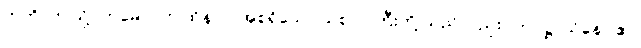
ဣတိ၊ ဤသို့။ ဣမေပိ၊ ဤထိန်ပင် အစရှိသော သစ်ပင်ကြီးတို့ သည်လည်း။ ကပ္ပဋ္ဌာယိနော ဧဝ